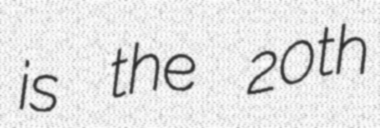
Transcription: is the 20th